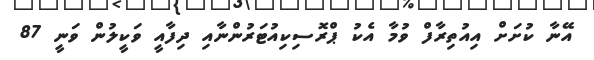
އޭނާ ކުށަށް އިއުތިރާފް ވުމާ އެކު ޕްރޮސިކިއުޓަރުންނާއި ދިފާއީ ވަކީލުން ވަނީ 87